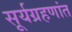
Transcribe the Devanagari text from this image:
सूर्यग्रहणांत